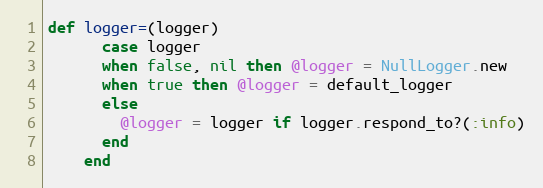
Language: Ruby
def logger=(logger)
      case logger
      when false, nil then @logger = NullLogger.new
      when true then @logger = default_logger
      else
        @logger = logger if logger.respond_to?(:info)
      end
    end